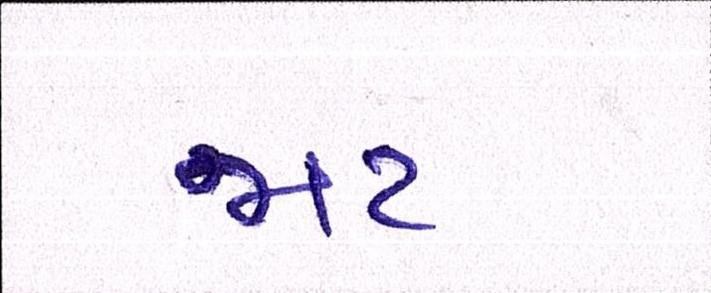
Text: જાટ